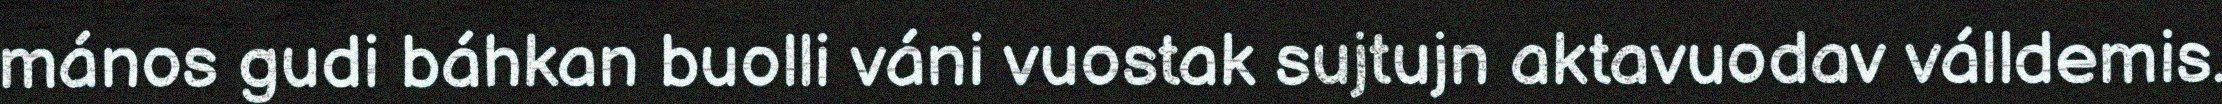
mános gudi báhkan buolli váni vuostak sujtujn aktavuodav válldemis.